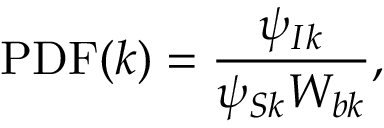
\mathrm { P D F } ( k ) = \frac { \psi _ { I k } } { \psi _ { S k } W _ { b k } } ,